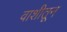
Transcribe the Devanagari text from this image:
वाशीतून